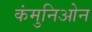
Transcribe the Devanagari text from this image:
कंमुनिओन